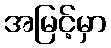
အမြင့်မှာ